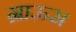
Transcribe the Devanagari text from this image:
ग्राऊस